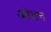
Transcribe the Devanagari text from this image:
ओदन